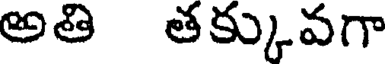
అతి తక్కువగా